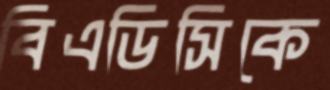
বিএডিসিকে